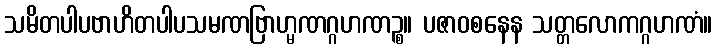
သမိတပါပဗာဟိတပါပသမဏဗြာဟ္မဏဂ္ဂဟဏဉ္စ။ ပဇာဝစနေန သတ္တလောကဂ္ဂဟဏံ။